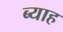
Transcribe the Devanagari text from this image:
ब्‍याह